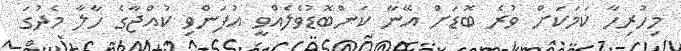
މިހުރިހާ ކަމަކަށް ވުރެ ބޮޑަށް އޭނާ ކަންބޮޑުވެލެއްވީ އުފަންވި ކުއްޖާގެ ހާލާ މެދުގަ